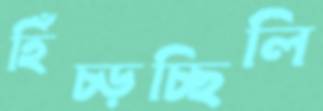
হিঁচ্‌ড়চ্ছিলি